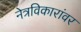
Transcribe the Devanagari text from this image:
नेत्रविकारांवर